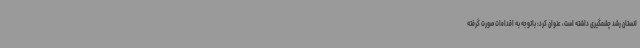
انستان رشد چشمگیری داشته است، عنوان کرد: باتوجه به اقدامات صورت گرفته